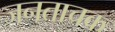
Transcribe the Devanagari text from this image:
जनताचक्र